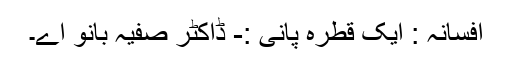
افسانہ : ایک قطرہ پانی :- ڈاکٹر صفیہ بانو اے۔